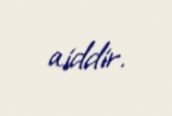
aiddir.